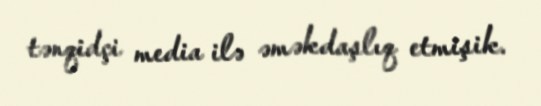
tənqidçi media ilə əməkdaşlıq etmişik.